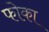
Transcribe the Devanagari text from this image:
फोका